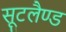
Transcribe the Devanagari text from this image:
सूटलैण्ड